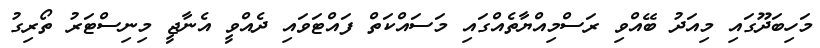
މަހިބަދޫގައި މިއަދު ބޭއްވި ރަސްމިއްޔާތެއްގައި މަސައްކަތް ފައްޓަވައި ދެއްވީ އެނާޖީ މިނިސްޓަރު ތޯރިގު